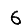
Digit: 6